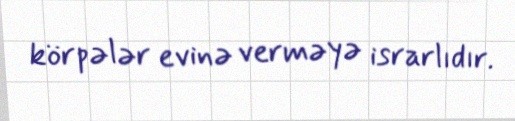
körpələr evinə verməyə israrlıdır.